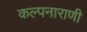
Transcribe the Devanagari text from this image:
कल्पनाराणी